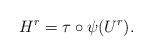
LaTeX: \begin{align*}H^r = \tau \circ \psi(U^r).\end{align*}